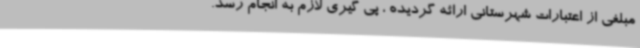
مبلغی از اعتبارات شهرستانی ارائه گردیده ، پی گیری لازم به انجام رسد.‌